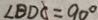
\angle B D C = 9 0 ^ { \circ }